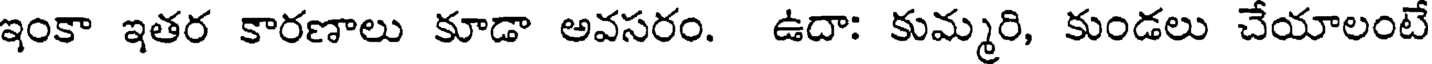
ఇంకా ఇతర కారణాలు కూడా అవసరం. ఉదా: కుమ్మరి, కుండలు చేయాలంటే